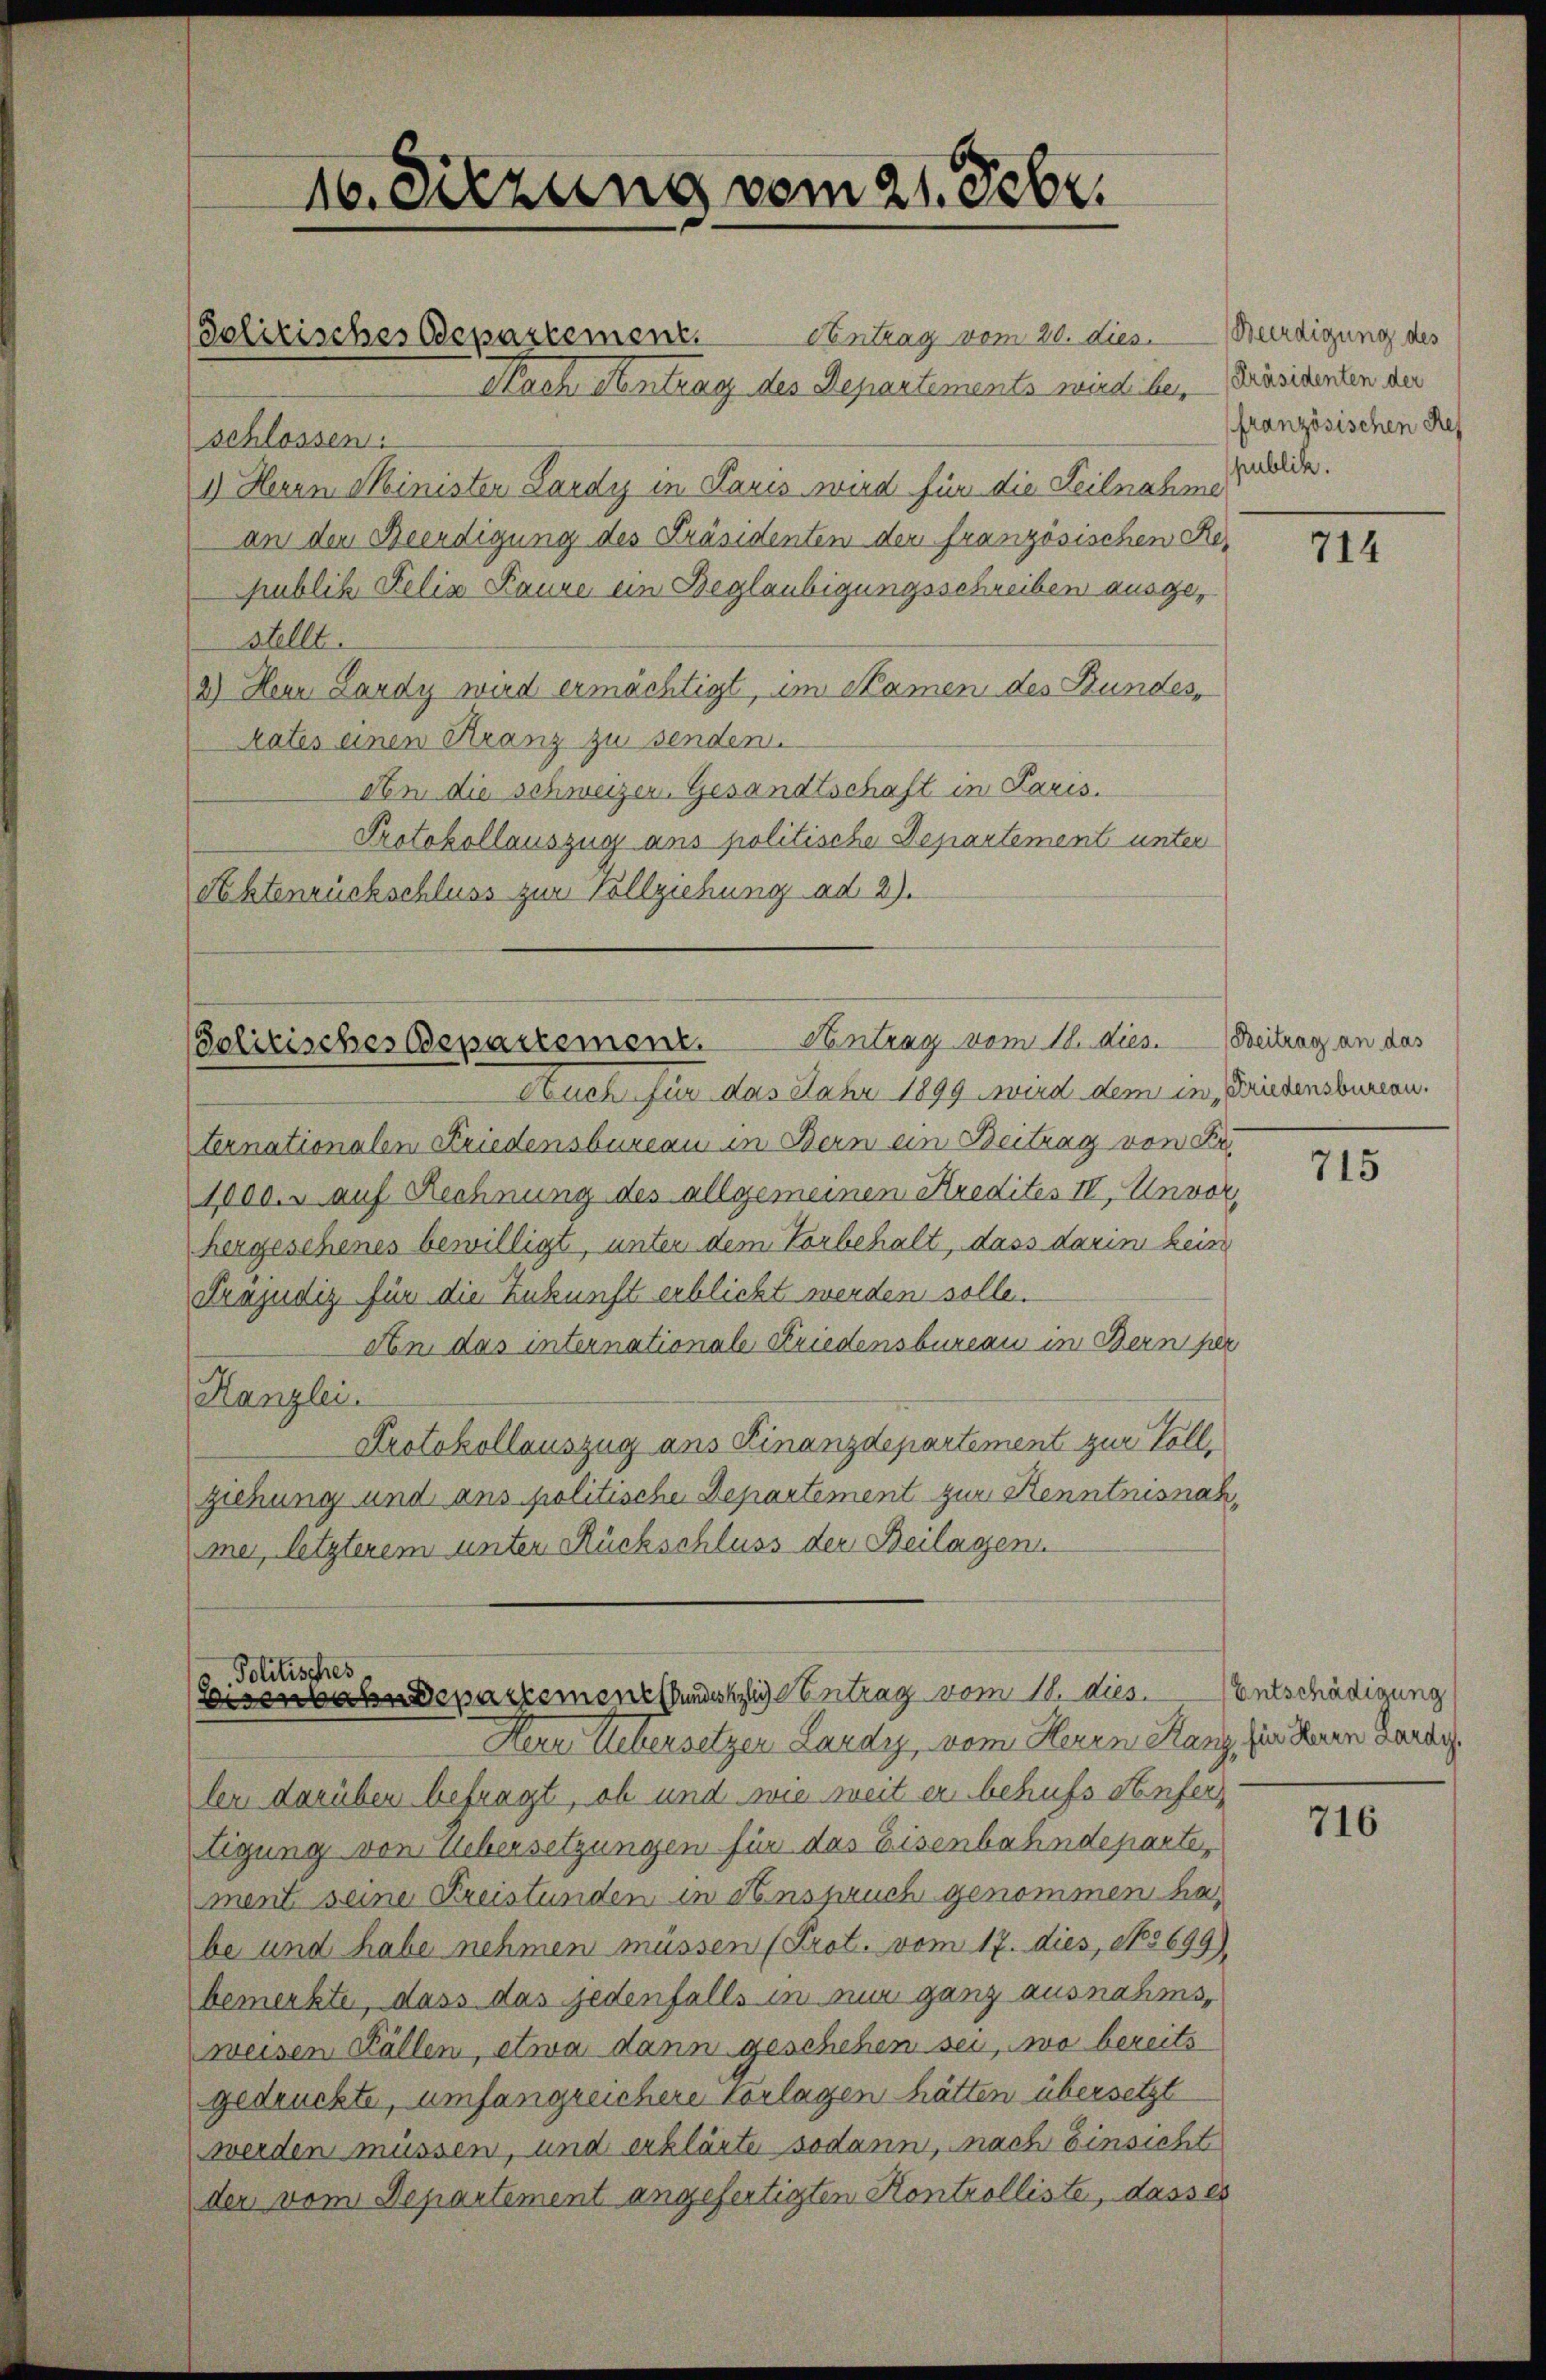
Contrag vom 20. dies. Würdigung des
Nach Antrag des Departements wird bes
schlossen.
1.) Herrn Ministen Lardy in Paris wird für die Teilnahme
an den Beendigung des Präsidenten der französischen Republik Felix Baure ein Beglaubigungsschreiben ausgestellt.
2.) Hern Lardy wird ermächtigt, im Namen des Bundes,
kates einen Kranz zu senden.
An die schweizer. Gesandtschaft in Paris.
Protokollauszug ans politische Departement unter
Rechtenrückschluss zur Vollziehung ad 2).

Solitisches Departement.

16. Sitzung vom 21. Febr.

Solitisches Departement. Antrag vom 18. dies.

Auch für das Jahr 1899 wird dem in, Friedensbureau.
ternationalen Friedensbureau in Bern ein Beitrag von Fr
1000. auf Rechnung des allgemeinen Kredites III, Unvor,
hergeschenes bewilligt, unter dem Vorbehalt, dass darin keine
Trajudiz für die Zukunft erblicht werden solle.
An das internationale Friedensbureau im Bern per
Kanzlei.
Protokollauszug aus Finanzdepartement zur Vollziehung und ans politische Departement zur Kenntnisnahmer, letzterem unter Rückschluss der Beilagen
Politisches
Eisenbahndepartementstandestlich entrag vom 18. dies. Entschädigung
Hern Ackersetzer Landsy, vom Herrn Rang, für Herrn Garan
ler darüber befragt, ob und wie weit er behufs Konfertigung von Uebersetzungen für das Eisenbahndeparte,
ment seine Freistunden in Anspruch genommen habe und habe nehmen müssen (Prot. vom 17. dies, No 699).
bemerkte, dass das jedenfalls in nur ganz ausnahmsweisen Fällen, etwa dann geschehen sei, wo bereits
gedruckte, umfangreichere Vorlagen hätten übersetzt
werden müssen, und erklärte sodann, nach Einsicht
der vom Departement angefertigten Kontrolliste, dasses

[Präsidenten der
französischen Res
publik.

714

Beitrag an das

715

716